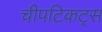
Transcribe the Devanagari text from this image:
चीपटिकट्स